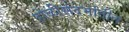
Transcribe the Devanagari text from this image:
होळीसंदर्भातील